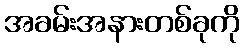
အခမ်းအနားတစ်ခုကို